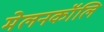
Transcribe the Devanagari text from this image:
मेलनकॉलि